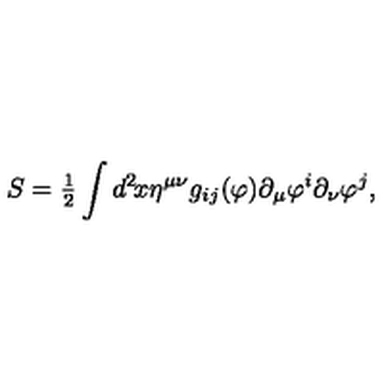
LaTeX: S = { \textstyle { \frac { 1 } { 2 } } } \int d ^ { 2 } \! x \eta ^ { \mu \nu } g _ { i j } ( \varphi ) \partial _ { \mu } \varphi ^ { i } \partial _ { \nu } \varphi ^ { j } ,